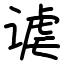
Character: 谑